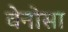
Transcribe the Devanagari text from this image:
वेनोसा